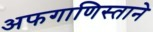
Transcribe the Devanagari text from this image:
अफगाणिस्ताने